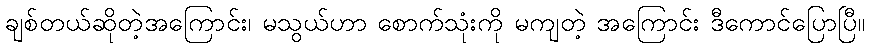
ချစ်တယ်ဆိုတဲ့အကြောင်း၊ မသွယ်ဟာ စောက်သုံးကို မကျတဲ့ အကြောင်း ဒီကောင်ပြောပြီ။